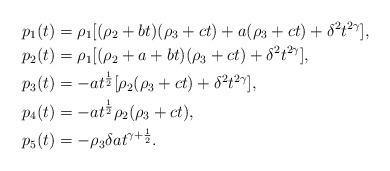
LaTeX: \begin{align*}p_1(t) &= \rho_1 [(\rho_2 + bt)(\rho_3 + ct) + a(\rho_3 + ct) + \delta^2 t^{2\gamma}], \\p_2(t) &= \rho_1 [(\rho_2 + a + bt)(\rho_3 + ct) + \delta^2 t^{2\gamma}], \\p_3(t) &= -at^\frac12[\rho_2(\rho_3 + ct) +\delta^2 t^{2\gamma}], \\p_4(t) &= -at^\frac12\rho_2(\rho_3 + ct),\\p_5(t) &= -\rho_3\delta at^{\gamma + \frac12}.\end{align*}